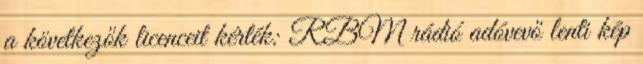
a következők licenceit kérték: RBM rádió adóvevő lenti kép